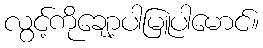
လွင့်ကိုချော့ပါမြူပါမောင်။